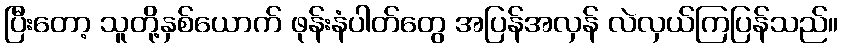
ပြီးတော့ သူတို့နှစ်ယောက် ဖုန်းနံပါတ်တွေ အပြန်အလှန် လဲလှယ်ကြပြန်သည်။